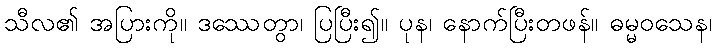
သီလ၏ အပြားကို။ ဒဿေတွာ၊ ပြပြီး၍။ ပုန၊ နောက်ပြီးတဖန်။ ဓမ္မဝသေန၊